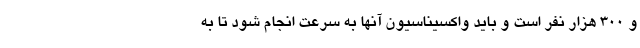
و ۳۰۰ هزار نفر است و باید واکسیناسیون آنها به سرعت انجام شود تا به